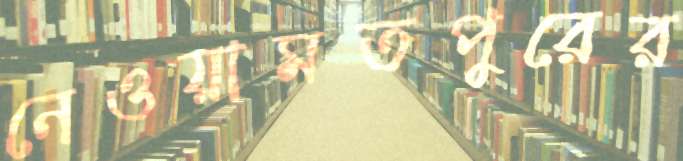
নেওয়ামতপুরের